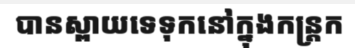
បានស្ពាយទេទុកនៅក្នុងកន្ត្រក